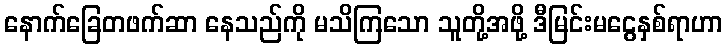
နောက်ခြေတဖက်ဆာ နေသည်ကို မသိကြသော သူတို့အဖို့ ဒီမြင်းမငွေနှစ်ရာဟာ